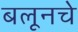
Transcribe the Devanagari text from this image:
बलूनचे